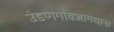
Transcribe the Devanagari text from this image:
उंडणगांवआमथाना